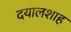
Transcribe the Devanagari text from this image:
दयालशाह